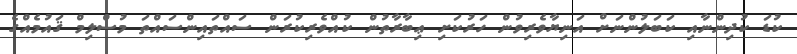
ކުޑަ ކުދިންނާއި ކަބަލުންނަށް އަނިޔާވެރިވުން ހަރުކަށި ޢިބާރާތުން ކުއްވެރިކުރަން ސައްތައިންސައްތަ މުސްލިމް ޤައުމެއްގެ